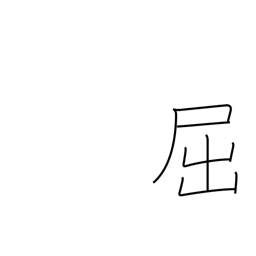
Meaning: yield